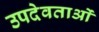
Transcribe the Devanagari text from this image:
उपदेवताओं